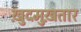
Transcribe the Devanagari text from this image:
ख़ुदमुख़तार